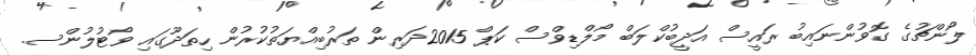
ލޯންޗުގެ ގޮވުންނައިބު ރައީސް އަދީބުކްލަބް މޯލްޑިވްސް ކަޕް 2015ދަރިން ތަރުބިއްޔަތުކުރުން ހިތަދޫގައި ވޯޓުލުންސ.